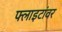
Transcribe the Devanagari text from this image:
फ्लाइटांवर